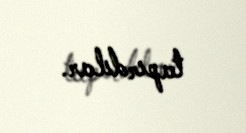
tapırdılar.